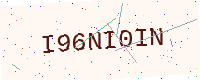
Text: I96NI0IN